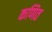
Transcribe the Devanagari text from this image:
कणित